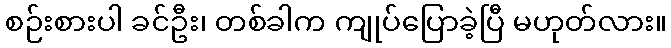
စဉ်းစားပါ ခင်ဦး၊ တစ်ခါက ကျုပ်ပြောခဲ့ပြီ မဟုတ်လား။